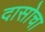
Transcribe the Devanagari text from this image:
दासोचा